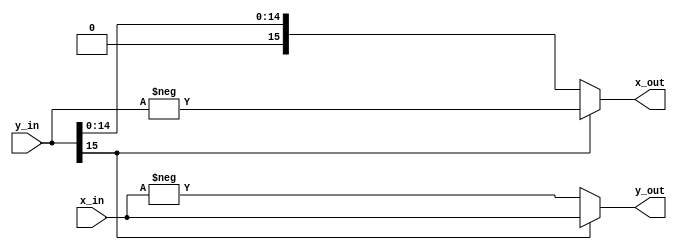
module rot_cordic_rot90
#(
  parameter WIDTH = 16    // Counter width
)
(
  input signed [WIDTH-1 : 0] x_in,
  input signed [WIDTH-1 : 0] y_in,
  output       [WIDTH-1 : 0] x_out,
  output       [WIDTH-1 : 0] y_out
);
  assign x_out = (y_in[WIDTH-1])? (-y_in) : y_in;
  assign y_out = (y_in[WIDTH-1])? (x_in) : (-x_in);
endmodule